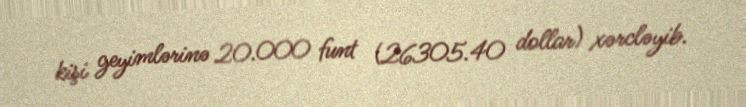
kişi geyimlərinə 20.000 funt (26305.40 dollar) xərcləyib.